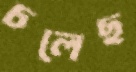
চলেছ